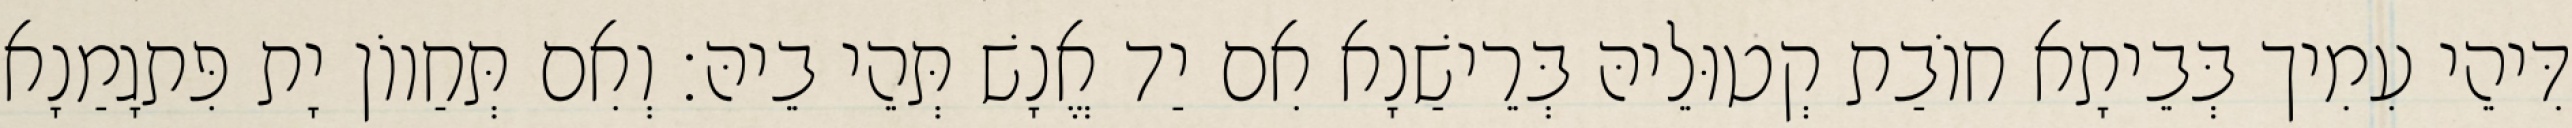
דִּיהֵי עִמִיך בְּבֵיתָא חוֹבַת קְטוּלֵיהּ בְּרֵישַׁנָא אִם יַד אֱנָשׁ תְּהֵי בֵיהּ׃ וְאִם תְּחַווֹן יָת פִּתגָמַנָא